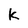
Character: k